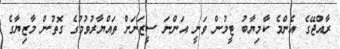
ރާއްޖޭގެ އެންމެ ކާމިޔާބު ޓީމުން ވަނީ އަންނަ ސީޒަނަށް ތައްޔާރުވުމުގެ ގޮތުން މާޒިޔާގެ